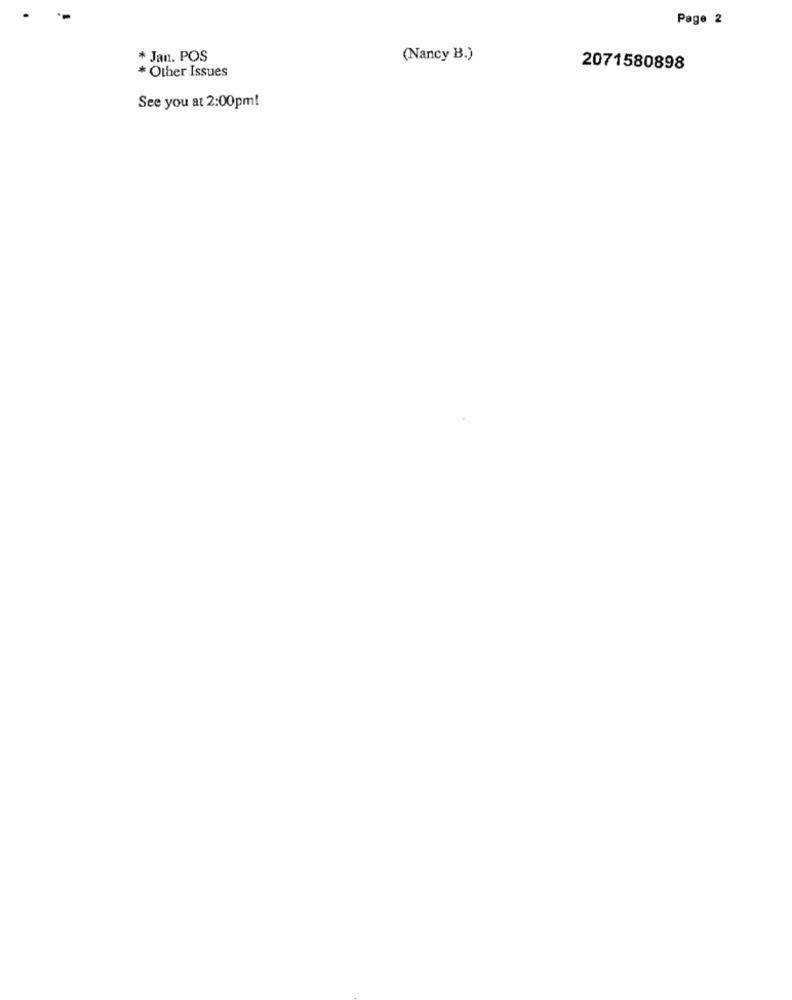
Page 2
* Jan. POS
(Nancy B.)
* Other Issues
2071580898
See you at 2:00pm!